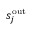
s _ { j } ^ { \mathrm { o u t } }